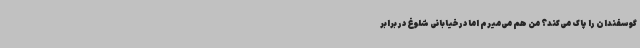
گوسفندان را پاک می‌کند؟ من هم می‌میرم اما در خیابانی شلوغ در برابر